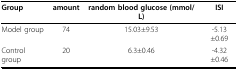
<table><thead><tr><td><b>Group</b></td><td><b>amount</b></td><td><b>random blood glucose (mmol/L)</b></td><td><b>ISI</b></td></tr></thead><tbody><tr><td>Model group</td><td>74</td><td>15.03±9.53</td><td>-5.13±0.69</td></tr><tr><td>Control group</td><td>20</td><td>6.3±0.46</td><td>-4.32±0.46</td></tr></tbody></table>